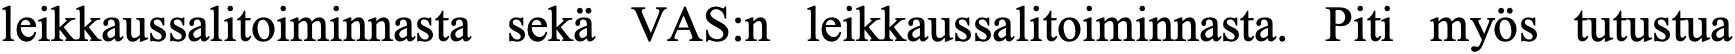
leikkaussalitoiminnasta sekä VAS:n leikkaussalitoiminnasta. Piti myös tutustua